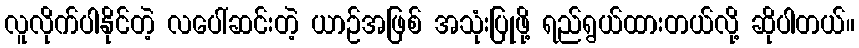
လူလိုက်ပါနိုင်တဲ့ လပေါ်ဆင်းတဲ့ ယာဉ်အဖြစ် အသုံးပြုဖို့ ရည်ရွယ်ထားတယ်လို့ ဆိုပါတယ်။